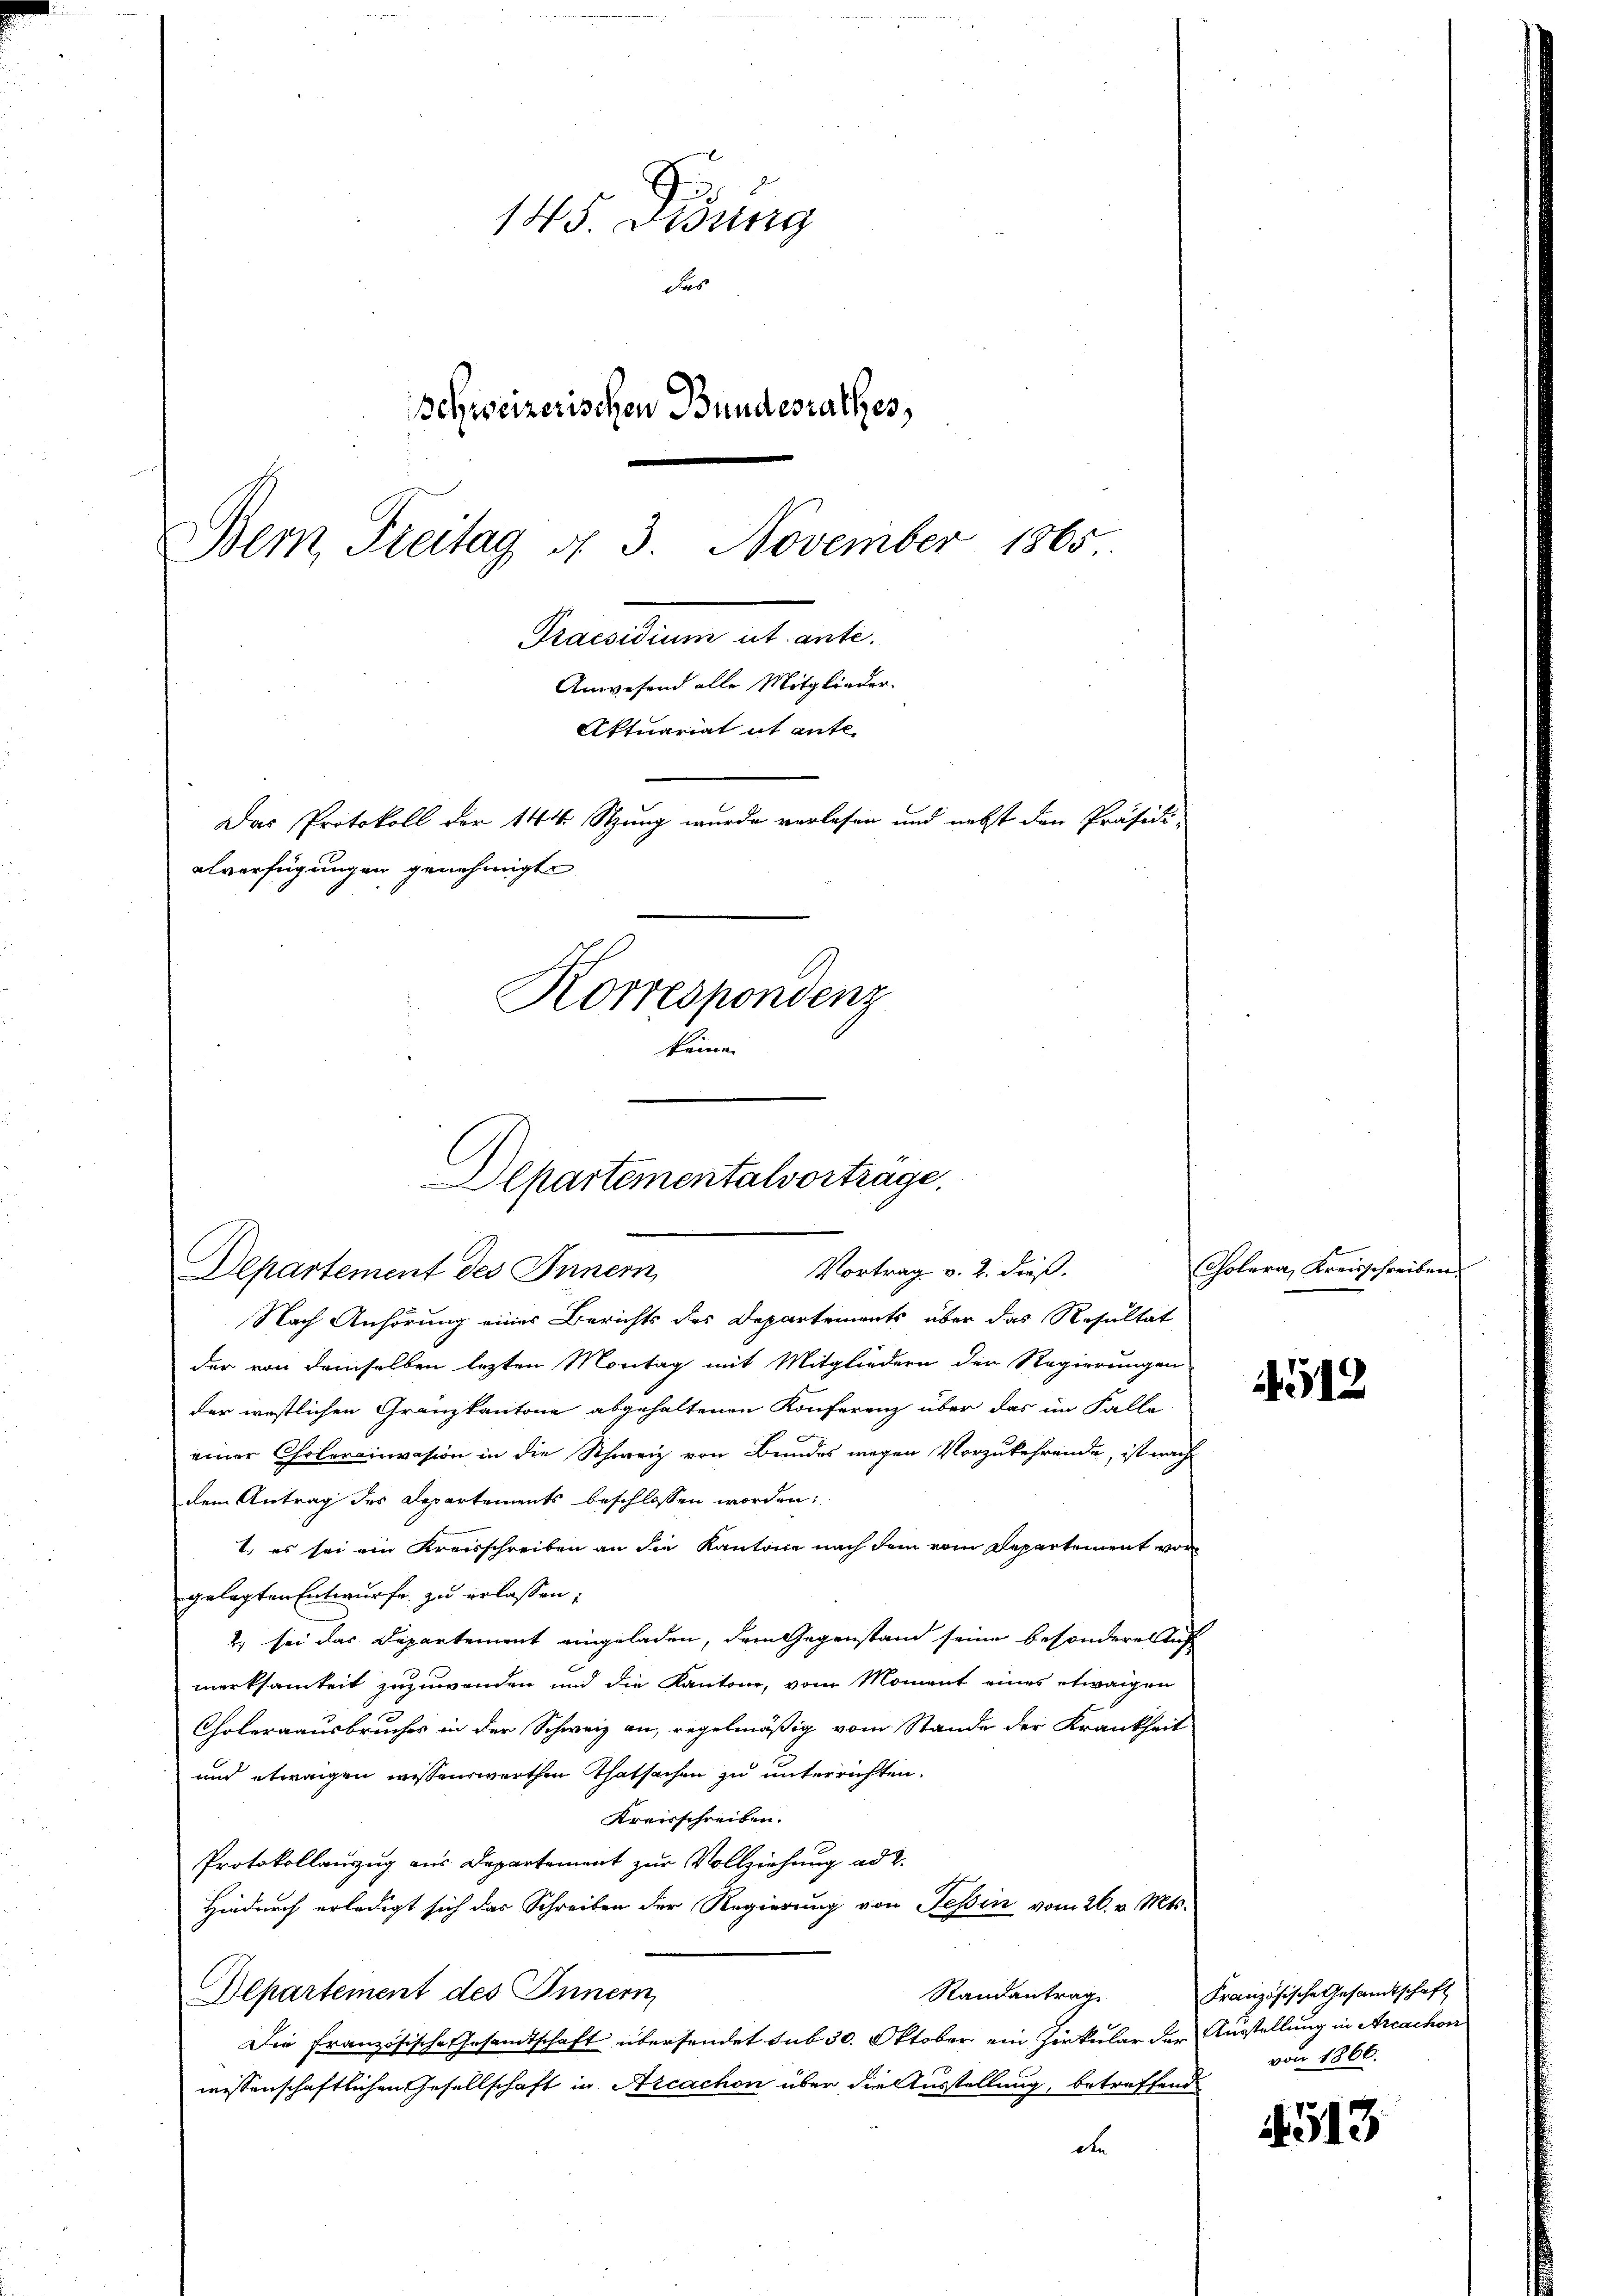
145. Dessing
das
Schweizerischen Bundesrathes,
Grandum es ant
Anwesend alle Mitglieder-
Aktuariat it ente
Das Protokoll der 144 Stung wurde verlesen und nebst den Präsidi-
alverfügungen genehmigte
Korrespondenz
keine

Departementalvortrage.
Vortrag v. 2. dieß.
Departement des Innern,

Bern, Freitag d. 3. November 1865

Nach Anhörung eines Berichts des Departements über das Resultat
der von demselben lezten Montag mit Mitgliedern der Regierungen
der westlichen Gränzkantone abgehaltenen Konferenz über das im Falle
einer Cholerainvasion in die Schweiz von Bundes wegen Vorzukehrende, ist nach
dem Antrag des Departements beschlossen worden:
1.) es sei ein Kreisschreiben an die Kantone nach dem vom Departement vorgelegten Entwurfe zu erlassen;
2.) sei das Departement eingeladen, dem Gegenstand seine besondere Auf
merksamkeit zuzuwenden und die Kantone, vom Moment eines etwaigen
Choleraausbruches in der Schweiz an, regelmäßig vom Stande der Krankheit
und etwaigen wissenswerthen Thatsachen zu unterrichten.
Kreisschreiben.
Protokollauszug aus Departement zur Vollziehung ad 2.
Hiedurch erledigt sich das Schreiben der Regierung von Tessin vom 26. v. Mts.
Aepartement des Innern,
Randantrag
Die französische Gesandtschaft übersendet sub 30. Oktober ein Zirkular der Ausstellung in Arcachon
wissenschaftlichen Gesellschaft in Arcachen über die Ausstellung, betreffend
de

Cholera, Kreisschreiben.

4518

Französische Gesandtschaft
von 1866.

513